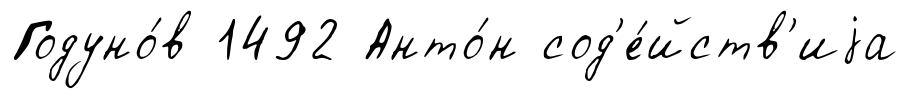
Годуно́в 1492 Анто́н сод'е́йств'иjа